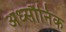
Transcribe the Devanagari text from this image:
अर्ध्सौनिक